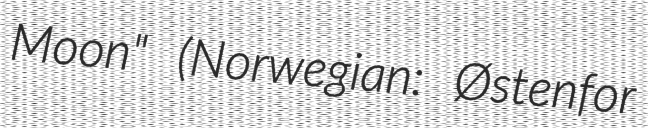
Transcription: Moon" (Norwegian: Østenfor